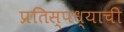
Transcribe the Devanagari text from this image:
प्रतिस्पध्याची